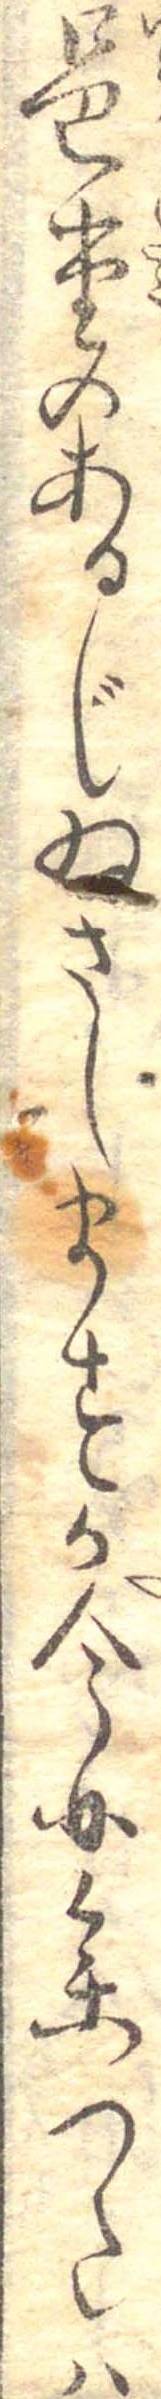
邑堂のあるじゐさしますか今日参つたは